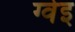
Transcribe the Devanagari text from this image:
ग्वेइ